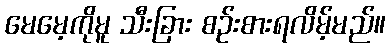
မေမေ့ကိုမူ သီးခြား စဉ်းစားရလိမ့်မည်။